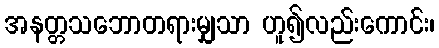
အနတ္တသဘောတရားမျှသာ ဟူ၍လည်းကောင်း၊